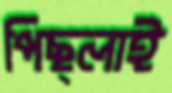
পিছ্‌লাই